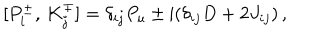
{ } [ P _ { i } ^ { \pm } , \, K _ { j } ^ { \mp } ] = \delta _ { i j } P _ { u } \pm \mathrm { i } ( \delta _ { i j } D + 2 J _ { i j } ) \, ,